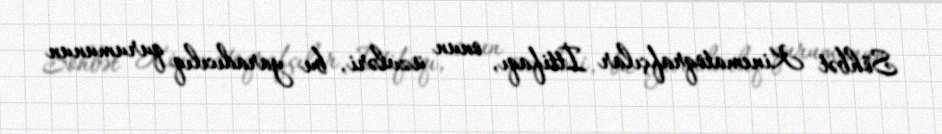
Söhbət Kinematoqrafçılar İttifaqı, onun üzvləri, bu yaradıcılıq qurumunun